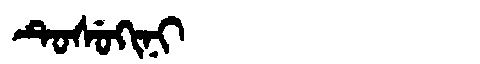
Manchu: ᡨᡠᠰᡠᡴᡳᠨᡳ
Romanization: TUSUKINI